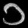
Digit: ၁